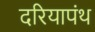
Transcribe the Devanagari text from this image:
दरियापंथ